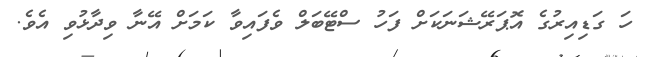
ހަ ގަޑިއިރުގެ އޮޕަރޭޝަނަކަށް ފަހު ސްޓޭބަލް ވެފައިވާ ކަމަށް އޭނާ ވިދާޅުވި އެވެ.